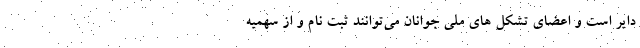
دایر است و اعضای تشکل های ملی جوانان می‌توانند ثبت نام و از سهمیه